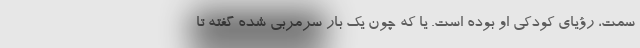
سمت، رؤیای کودکی او بوده است. یا که چون یک بار سرمربی شده گفته تا